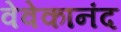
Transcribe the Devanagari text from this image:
वेवेकानंद